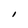
Character: l